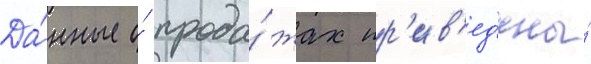
Да́нные о́ прода́жах пр'ив'ед'ены́